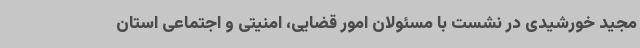
مجید خورشیدی در نشست با مسئولان امور قضایی، امنیتی و اجتماعی استان